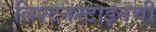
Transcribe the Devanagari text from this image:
लिश्टनस्टाइनची